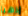
إذهبا